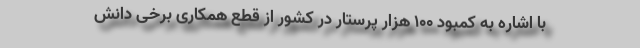
با اشاره به کمبود ۱۰۰ هزار پرستار در کشور از قطع همکاری برخی دانش